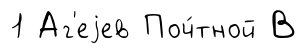
1 Аг'еjев Поч́тной В